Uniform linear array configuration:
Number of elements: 64
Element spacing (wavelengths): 0.25
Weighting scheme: uniform
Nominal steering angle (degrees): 15
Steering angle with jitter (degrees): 13.549
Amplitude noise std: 0.05
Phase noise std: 0.05

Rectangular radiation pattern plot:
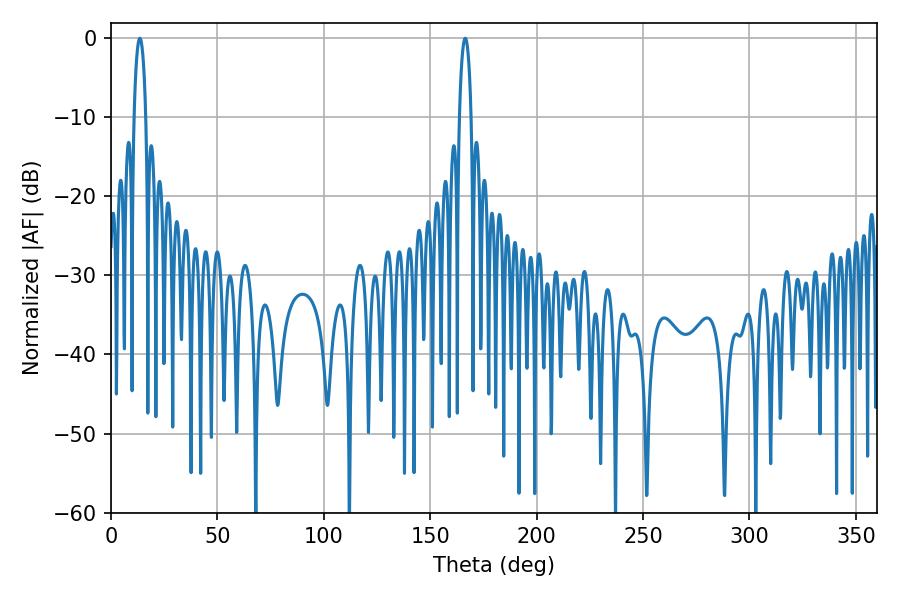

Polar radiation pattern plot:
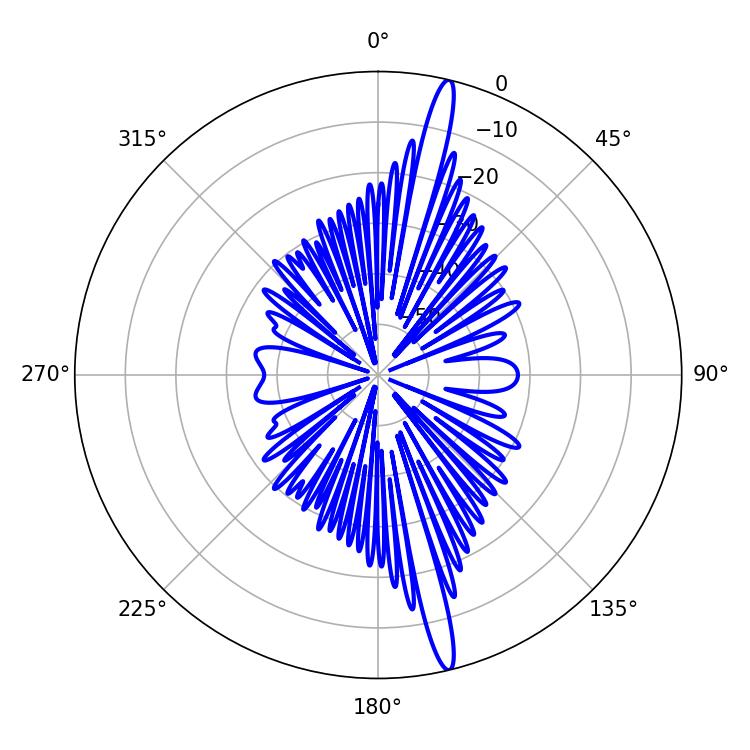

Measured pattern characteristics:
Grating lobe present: FALSE
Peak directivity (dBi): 18.24
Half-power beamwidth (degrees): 3.06
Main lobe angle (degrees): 166.5